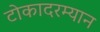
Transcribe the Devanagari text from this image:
टोकादरम्यान